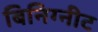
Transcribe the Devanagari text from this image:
बिनिग्नीट